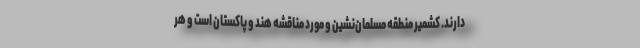
دارند. کشمیر منطقه مسلمان‌نشین و مورد مناقشه هند و پاکستان است و هر